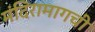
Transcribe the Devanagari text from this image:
मंदिरामागची